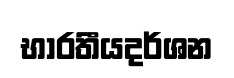
භාරතීයදර්ශන